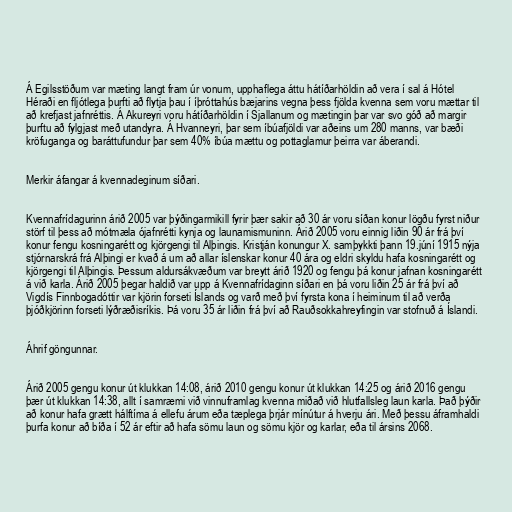
Á Egilsstöðum var mæting langt fram úr vonum, upphaflega áttu hátíðarhöldin að vera í sal á Hótel
Héraði en fljótlega þurfti að flytja þau í íþróttahús bæjarins vegna þess fjölda kvenna sem voru mættar til
að krefjast jafnréttis. Á Akureyri voru hátíðarhöldin í Sjallanum og mætingin þar var svo góð að margir
þurftu að fylgjast með utandyra. Á Hvanneyri, þar sem íbúafjöldi var aðeins um 280 manns, var bæði
kröfuganga og baráttufundur þar sem 40% íbúa mættu og pottaglamur þeirra var áberandi.

Merkir áfangar á kvennadeginum síðari.

Kvennafrídagurinn árið 2005 var þýðingarmikill fyrir þær sakir að 30 ár voru síðan konur lögðu fyrst niður
störf til þess að mótmæla ójafnrétti kynja og launamismuninn. Árið 2005 voru einnig liðin 90 ár frá því
konur fengu kosningarétt og kjörgengi til Alþingis. Kristján konungur X. samþykkti þann 19.júní 1915 nýja
stjórnarskrá frá Alþingi er kvað á um að allar íslenskar konur 40 ára og eldri skyldu hafa kosningarétt og
kjörgengi til Alþingis. Þessum aldursákvæðum var breytt árið 1920 og fengu þá konur jafnan kosningarétt
á við karla. Árið 2005 þegar haldið var upp á Kvennafrídaginn síðari en þá voru liðin 25 ár frá því að
Vigdís Finnbogadóttir var kjörin forseti Íslands og varð með því fyrsta kona í heiminum til að verða
þjóðkjörinn forseti lýðræðisríkis. Þá voru 35 ár liðin frá því að Rauðsokkahreyfingin var stofnuð á Íslandi.

Áhrif göngunnar.

Árið 2005 gengu konur út klukkan 14:08, árið 2010 gengu konur út klukkan 14:25 og árið 2016 gengu
þær út klukkan 14:38, allt í samræmi við vinnuframlag kvenna miðað við hlutfallsleg laun karla. Það þýðir
að konur hafa grætt hálftíma á ellefu árum eða tæplega þrjár mínútur á hverju ári. Með þessu áframhaldi
þurfa konur að bíða í 52 ár eftir að hafa sömu laun og sömu kjör og karlar, eða til ársins 2068.